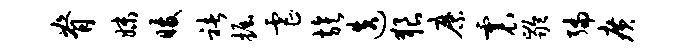
脊妹暖褚掘虐族迭狼縻震龄编广